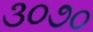
૩૦૭૦